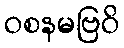
ဝစနမဗြဝိ